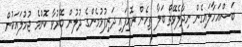
ބަސްއަހާލައިގެން ނިދާލެވޭތޯ ބަލާ ތިހެން ރޮއިފައި ދަރިފުޅުމެންގެ ދުލުން ބޭރުވާ ކޮންމެ ޖުމުލައަކުން